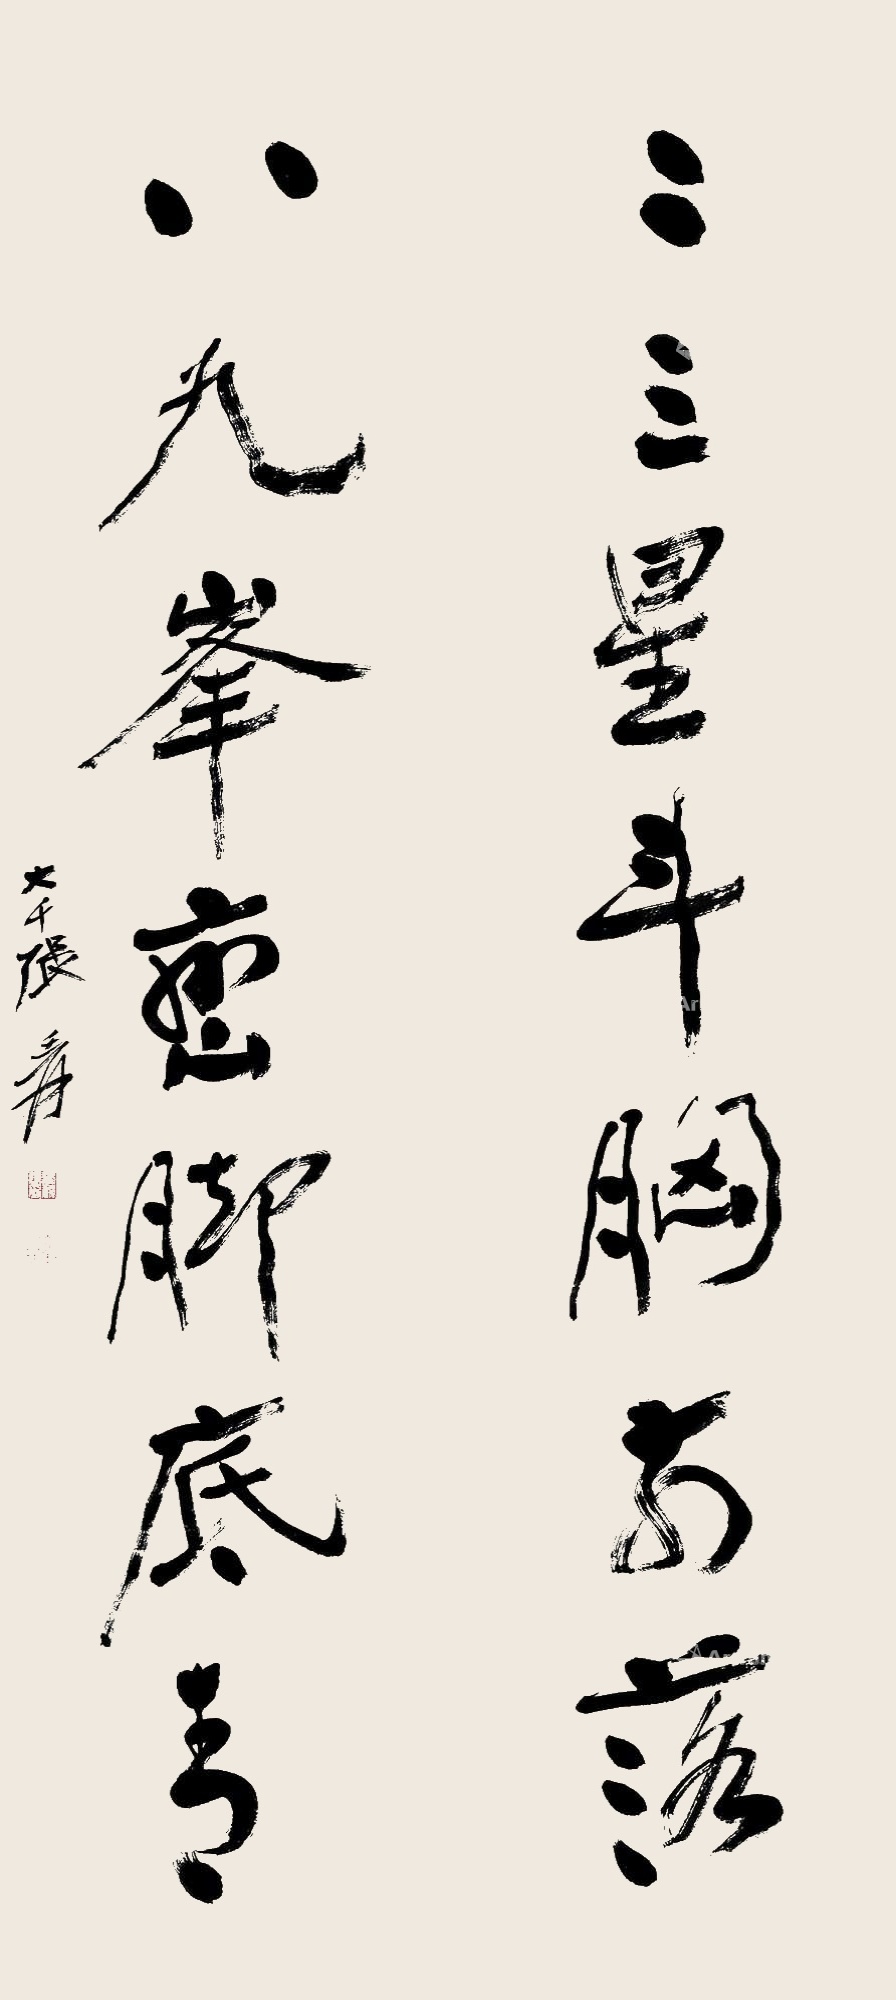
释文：二三星斗胸前落，八九峰峦脚底青。大千张爰。